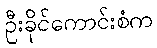
ဦးခိုင်ကောင်းစံက